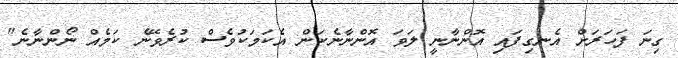
ގިނަ ފަހަރަށް އެނގިފައި އޮންނާނީ ލަވަ އޮންނާނެކަން އެކަމަކުވެސް ކުރެވޭނެ ކަމެއް ނޯންނާނެ"